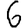
Digit: 6